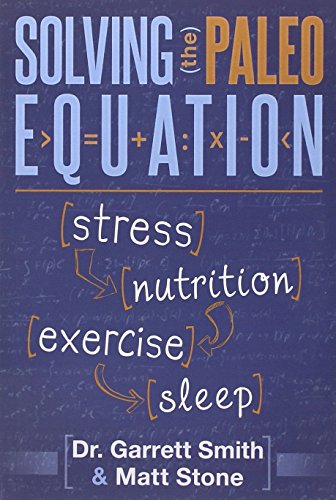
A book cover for Solving the Paleo Equation: Stress, Nutrition, Exercise, Sleep; Garrett Smith N.D.; Health, Fitness & Dieting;